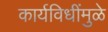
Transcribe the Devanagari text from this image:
कार्यविधींमुळे